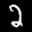
Label: 2